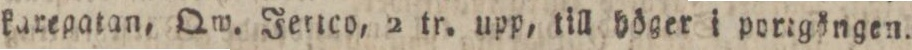
karepatan, Qw. Jerico, 2 tr. upp, till höger i porigöngen.